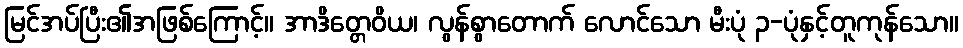
မြင်အပ်ပြီး၏အဖြစ်ကြောင့်။ အာဒိတ္တေဝိယ၊ လွန်စွာတောက် လောင်သော မီးပုံ ၃-ပုံနှင့်တူကုန်သော။